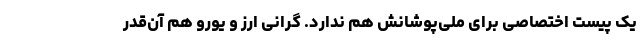
یک پیست اختصاصی برای ملی‌پوشانش هم ندارد. گرانی ارز و یورو هم آن‌قدر